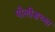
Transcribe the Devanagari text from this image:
पोलीसच्या